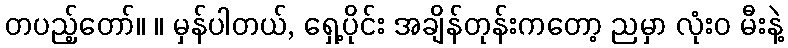
တပည့်တော်။ ။ မှန်ပါတယ်, ရှေ့ပိုင်း အချိန်တုန်းကတော့ ညမှာ လုံးဝ မီးနဲ့